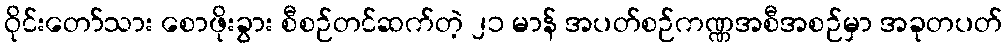
ဝိုင်းတော်သား စောဖိုးခွား စီစဉ်တင်ဆက်တဲ့ ၂၁ မာန် အပတ်စဉ်ကဏ္ဏအစီအစဉ်မှာ အခုတပတ်